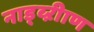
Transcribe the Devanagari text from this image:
नाड्व्ऱीाण